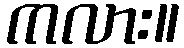
ကလား။